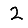
Digit: 2